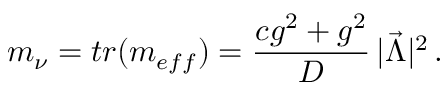
m _ { \nu } = t r ( m _ { e f f } ) = { \frac { c g ^ { 2 } + g ^ { 2 } } { D } } \, \vert \vec { \Lambda } \vert ^ { 2 } \, .